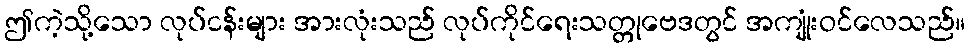
ဤကဲ့သို့သော လုပ်ငန်းများ အားလုံးသည် လုပ်ကိုင်ရေးသတ္တုဗေဒတွင် အကျုံးဝင်လေသည်။